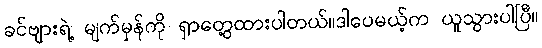
ခင်ဗျားရဲ့ မျက်မှန်ကို ရှာတွေ့ထားပါတယ်။ဒါပေမယ့်က ယူသွားပါပြီ။